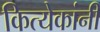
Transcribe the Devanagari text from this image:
कित्येकांनी